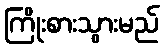
ကြိုးစားသွားမည်